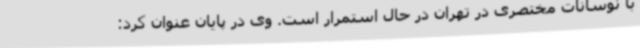
با نوسانات مختصری در تهران در حال استمرار است. وی در پایان عنوان کرد: